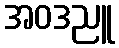
အဝဒညူ